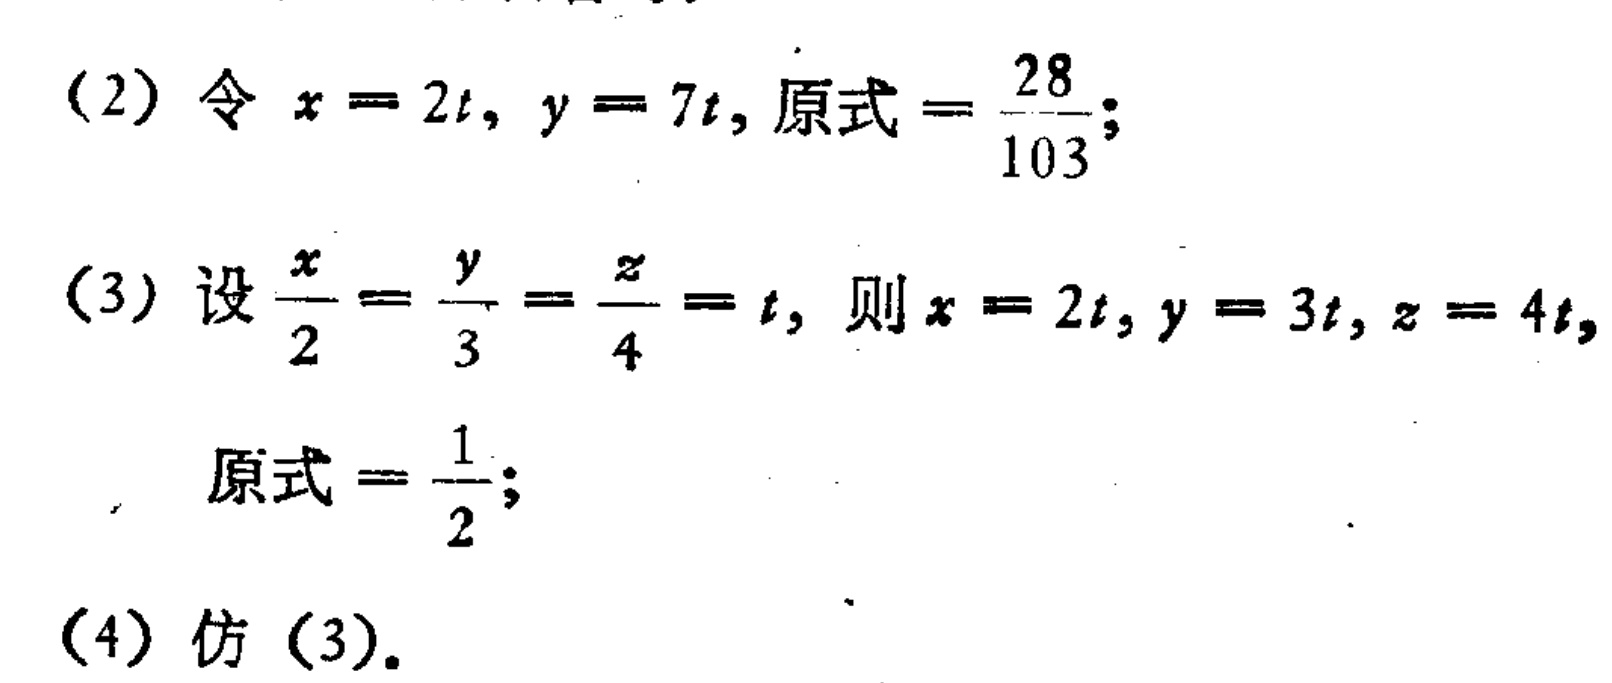
(2) 令 \(x = 2t\), \(y = 7t\), 原式 \(=\frac{28}{103}\);

(3) 设 \(\frac{x}{2}=\frac{y}{3}=\frac{z}{4}=t\), 则 \(x = 2t\), \(y = 3t\), \(z = 4t\),

原式 \(=\frac{1}{2}\);

(4) 仿 (3).